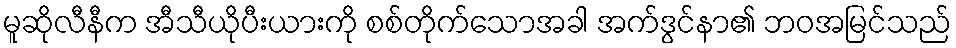
မူဆိုလီနီက အီသီယိုပီးယားကို စစ်တိုက်သောအခါ အက်ဒွင်နာ၏ ဘဝအမြင်သည်